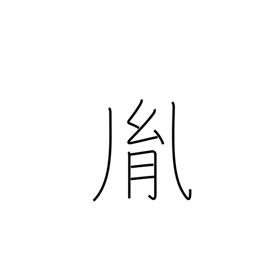
Meaning: issue